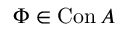
\Phi \in \operatorname { C o n } A